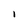
Character: I